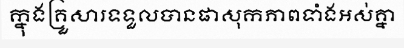
ក្នុងគ្រួសារទទួលបានផាសុកភាពទាំងអស់គ្នា